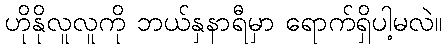
ဟိုနိုလူလူကို ဘယ်နှနာရီမှာ ရောက်ရှိပါ့မလဲ။